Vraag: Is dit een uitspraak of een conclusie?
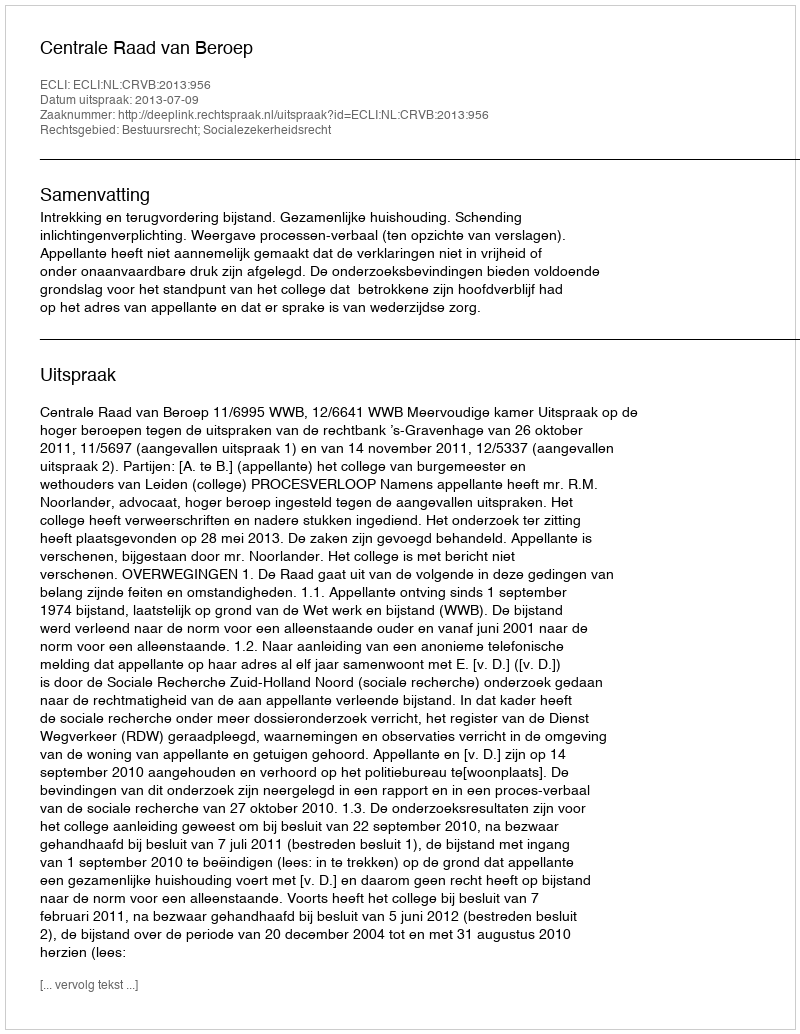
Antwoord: Uitspraak